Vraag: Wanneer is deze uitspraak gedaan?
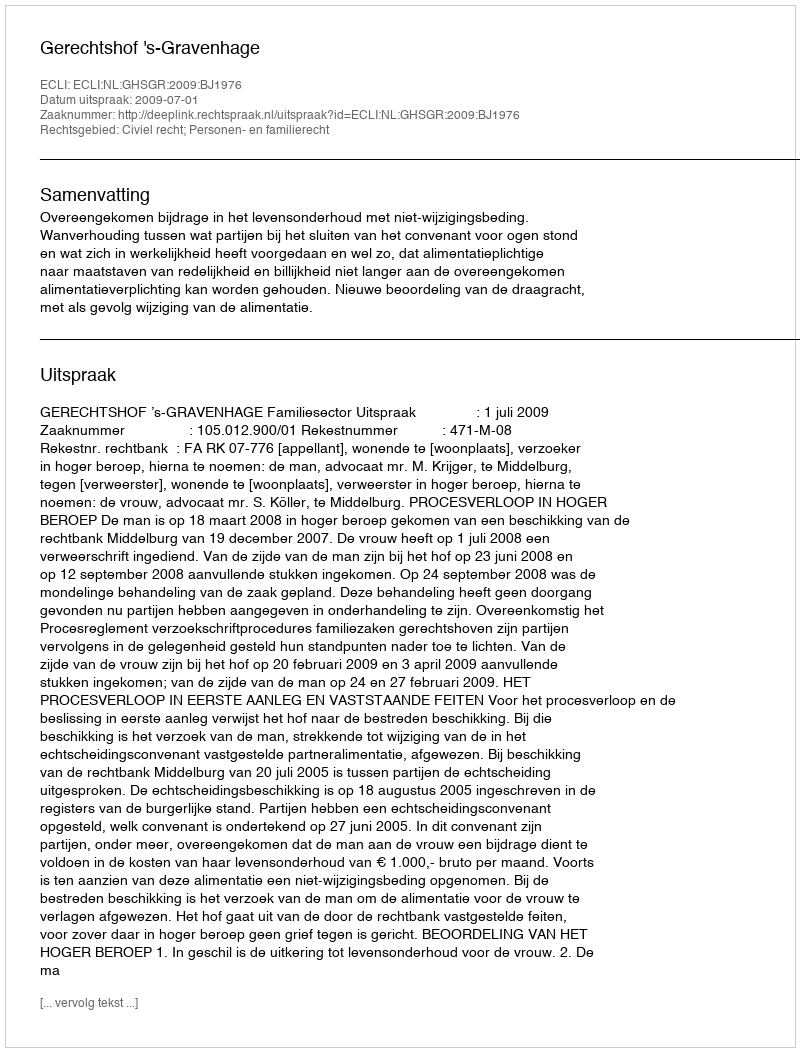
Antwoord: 2009-07-01